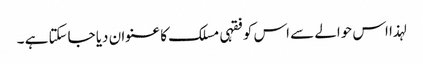
لہذا اس حوالے سے اس کو فقہی مسلک کا عنوان دیا جاسکتا ہے ۔